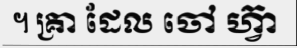
។ គ្រា ដែល ចៅ ហ្វ៊ា